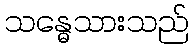
သန္ဓေသားသည်